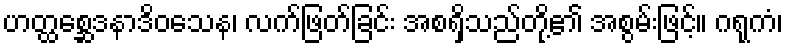
ဟတ္ထစ္ဆေဒနာဒိဝသေန၊ လက်ဖြတ်ခြင်း အစရှိသည်တို့၏ အစွမ်းဖြင့်။ ဂရုကံ၊